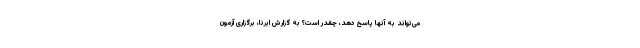
می‌تواند به آنها پاسخ دهد، چقدر است؟ به گزارش ایرنا، برگزاری آزمون